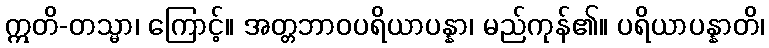
ဣတိ-တသ္မာ၊ ကြောင့်။ အတ္တဘာဝပရိယာပန္နာ၊ မည်ကုန်၏။ ပရိယာပန္နာတိ၊